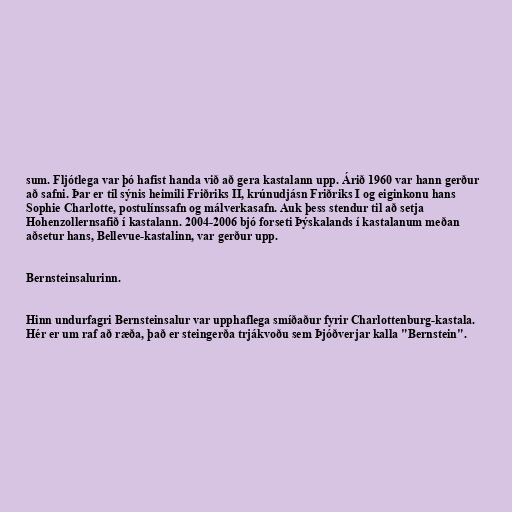
sum. Fljótlega var þó hafist handa við að gera kastalann upp. Árið 1960 var hann gerður
að safni. Þar er til sýnis heimili Friðriks II, krúnudjásn Friðriks I og eiginkonu hans
Sophie Charlotte, postulínssafn og málverkasafn. Auk þess stendur til að setja
Hohenzollernsafið í kastalann. 2004-2006 bjó forseti Þýskalands í kastalanum meðan
aðsetur hans, Bellevue-kastalinn, var gerður upp.

Bernsteinsalurinn.

Hinn undurfagri Bernsteinsalur var upphaflega smíðaður fyrir Charlottenburg-kastala.
Hér er um raf að ræða, það er steingerða trjákvoðu sem Þjóðverjar kalla "Bernstein".